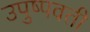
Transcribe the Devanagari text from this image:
उपुष्पवती